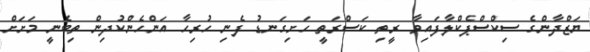
ޔަޒްދާންގެ ސިކްސްޕެކްލާފައިވާ ރީތި ކަސްރަތީ ހަށިގަނޑު ފެނި ހުރިހާ އަންހެންކުދިން ތިބެނީ މަށަށް